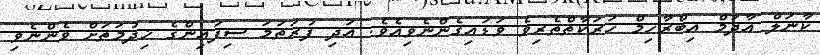
ކާނަލް އާދަމް އިބްރާހިމް ހަރަކާތްތެރިވެ ވަޑައިގެންނެވިއެވެ. އަދި ފުރަތަމަ ސިފައިންގެ ޚިދުމަތަށް ވެންނެވި